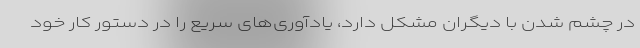
در چشم شدن با دیگران مشکل دارد، یادآوری‌های سریع را در دستور کار خود